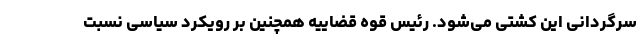
سرگردانی این کشتی می‌شود. رئیس قوه قضاییه همچنین بر رویکرد سیاسی نسبت